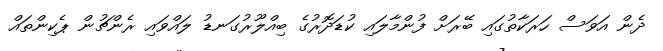
ދެން އަވަސް ހަރަކާތުގައި ބޭރަށް ފުންމާލައި ކުޑަދޮރުގެ ބިއްލޫރުގަނޑު ލައްވައި ރެންޗުން ޕެކިންތައް